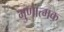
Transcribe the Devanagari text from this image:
गुणात्‍मक